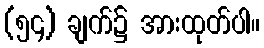
(၅၄) ချက်၌ အားထုတ်ပါ။